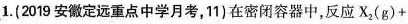
1.(2019安徽定远重点中学月考，11)在密闭容器中，反应$$X_{2} （ g ） +